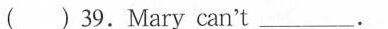
( )39.Mary can't__ .